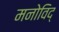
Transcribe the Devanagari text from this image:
मनोविद्